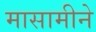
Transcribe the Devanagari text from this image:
मासामीने